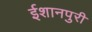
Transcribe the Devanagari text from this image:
ईशानपुरी